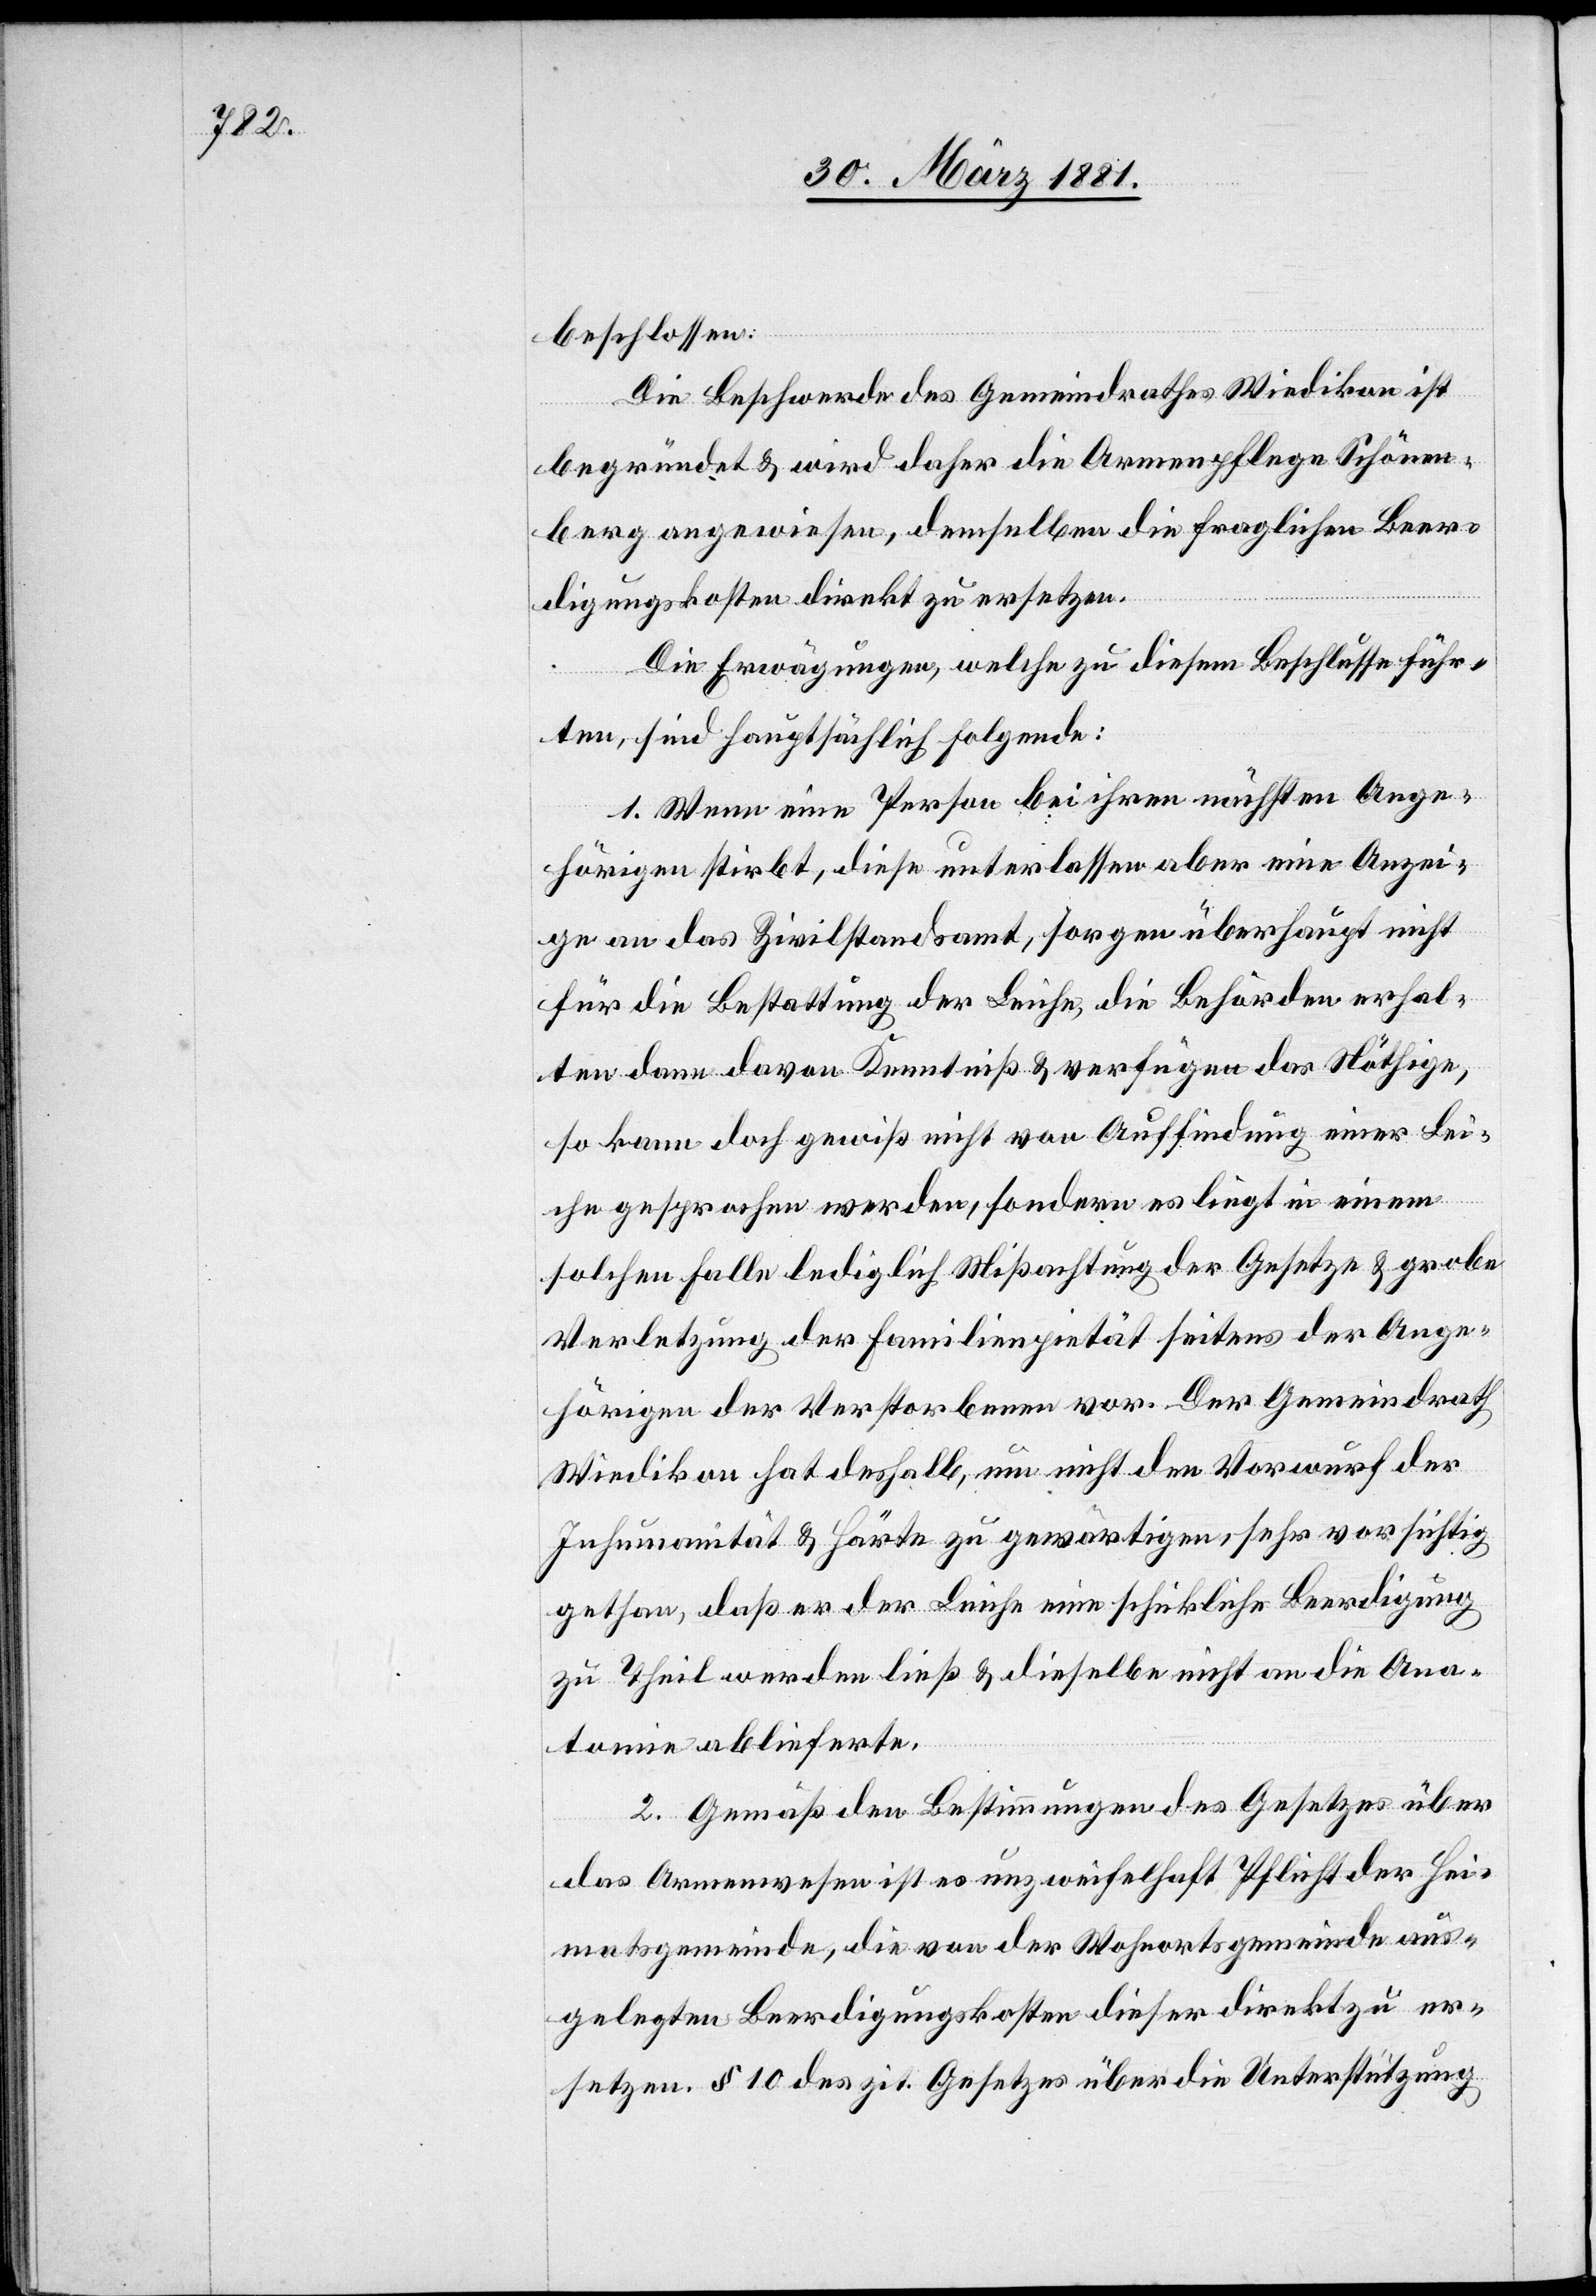
beschlossen:
Die Beschwerde des Gemeindrathes Wiedikon ist
begründet & wird daher die Armenpflege Schönen¬
berg angewiesen, demselben die fraglichen Beer¬
digungskosten direkt zu ersetzen.
Die Erwägungen, welche zu diesem Beschlusse führ¬
ten, sind hauptsächlich folgende:
1. Wenn eine Person bei ihren nächsten Ange¬
hörigen stirbt, diese unterlassen aber eine Anzei¬
ge an das Zivilstandsamt, sorgen überhaupt nicht
für die Bestattung der Leiche, die Behörden erhal¬
ten dann davon Kenntniß & verfügen das Nöthige,
so kann doch gewiß nicht von Auffindung einer Lei¬
che gesprochen werden, sondern es liegt in einem
solchen Falle lediglich Mißachtung der Gesetze & grobe
Verletzung der Familienpietät seitens der Ange¬
hörigen der Verstorbenen vor. Der Gemeindrath
Wiedikon hat deshalb, um nicht den Vorwurf der
Inhumanität & Härte zu gewärtigen, sehr vorsichtig
gethan, daß er der Leiche eine schickliche Beerdigung
zu Theil werden ließ & dieselbe nicht an die Ana¬
tomie ablieferte.
2. Gemäß den Bestimmungen des Gesetzes über
das Armenwesen ist es unzweifelhaft Pflicht der Hei¬
matsgemeinde, die von der Wohnortsgemeinde aus¬
gelegten Beerdigungskosten dieser direkt zu er¬
setzen. § 10 des zit. Gesetzes über die Unterstützung